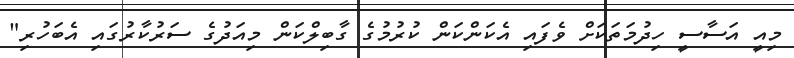
މިއީ އަސާސީ ހިދުމަތަކަށް ވެފައި އެކަންކަން ކުރުމުގެ ގާބިލްކަން މިއަދުގެ ސަރުކާރުގައި އެބަހުރި"